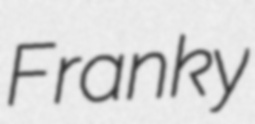
Franky